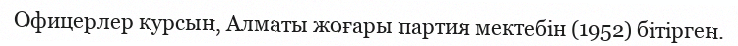
Офицерлер курсын, Алматы жоғары партия мектебін (1952) бітірген.